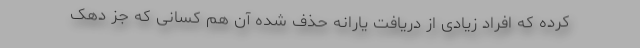
کرده که افراد زیادی از دریافت یارانه حذف شده آن هم کسانی که جز دهک